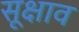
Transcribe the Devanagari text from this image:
सूक्षाव